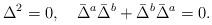
LaTeX: \begin{align*}\Delta^2=0,\quad\bar{\Delta}^a\bar{\Delta}^b+\bar{\Delta}^b\bar{\Delta}^a=0.\end{align*}